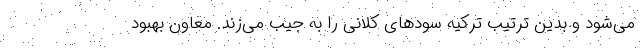
می‌شود و بدین ترتیب ترکیه سودهای کلانی را به جیب می‌زند. معاون بهبود